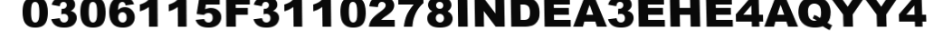
0306115F3110278INDEA3EHE4AQYY4